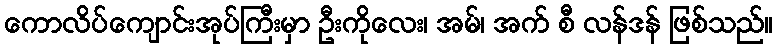
ကောလိပ်ကျောင်းအုပ်ကြီးမှာ ဦးကိုလေး၊ အမ်၊ အက် စီ လန်ဒန် ဖြစ်သည်။